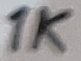
Text: 1K